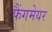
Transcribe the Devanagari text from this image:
फैंगमेयर